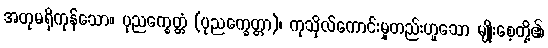
အတုမရှိကုန်သော။ ပုညက္ခေတ္တံ (ပုညက္ခေတ္တာ)၊ ကုသိုလ်ကောင်းမှုတည်းဟူသော မျိုးစေ့တို့၏